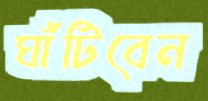
ঘাঁটিবেন